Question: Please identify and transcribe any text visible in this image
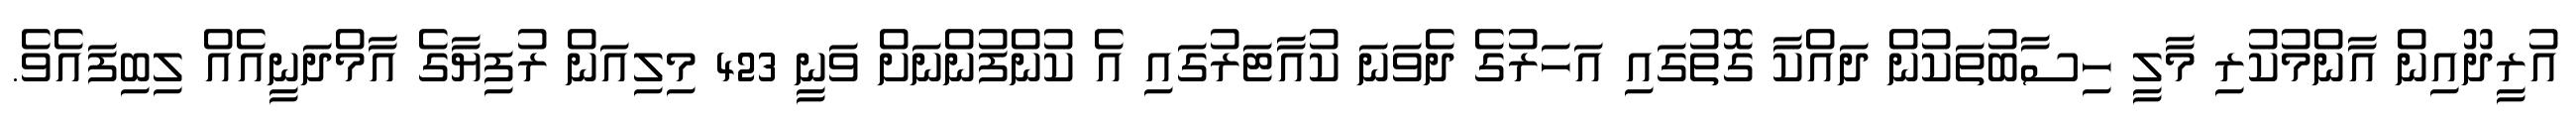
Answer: އުރީދޫއިން އާންމުކުރި މާލީ ހިސާބުތަކުން ދައްކާ ގޮތުގައި އަހަރުގެ ދެވަނަ ކުއާޓަރުގައި އެ ކުންފުންނަށް ވަނީ 423 މިލިއަން ރުފިޔާގެ އާމްދަނީއެއް ލިބިފައެވެ.